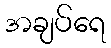
အချပ်ရေ